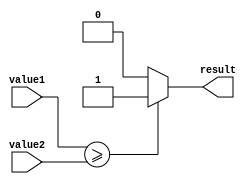
module greater_than_or_equal_to_comparator (
    input [31:0] value1,
    input [31:0] value2,
    output reg result
);

always @(*) begin
    if (value1 >= value2) begin
        result = 1;
    end else begin
        result = 0;
    end
end

endmodule